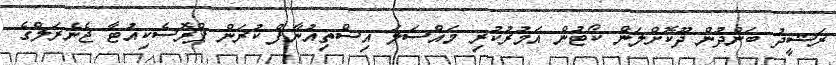
ރަޝީދު ބަންދުން ދޫކޮށްލަން ކޯޓުން އަމުރުކުރި މައްސަލަ އިސްތިއުނާފް ކުރަން ޕްރޮސެކިއުޓާ ޖެނެރަލްގެ